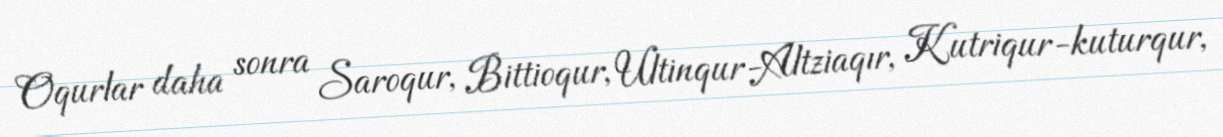
Oqurlar daha sonra Saroqur, Bittioqur, Ultinqur-Altziaqır, Kutriqur-kuturqur,